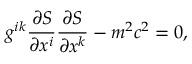
g ^ { i k } \frac { \partial S } { \partial x ^ { i } } \frac { \partial S } { \partial x ^ { k } } - m ^ { 2 } c ^ { 2 } = 0 ,